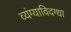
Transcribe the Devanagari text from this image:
व्यंग्याविदग्धा